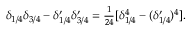
\begin{array} { r } { \delta _ { 1 / 4 } \delta _ { 3 / 4 } - \delta _ { 1 / 4 } ^ { \prime } \delta _ { 3 / 4 } ^ { \prime } = \frac { 1 } { 2 4 } [ \delta _ { 1 / 4 } ^ { 4 } - ( \delta _ { 1 / 4 } ^ { \prime } ) ^ { 4 } ] . } \end{array}